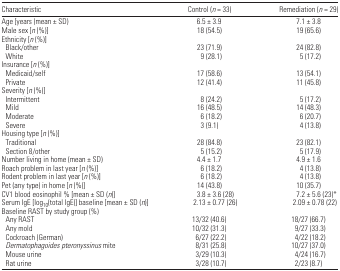
| Characteristic | Control (n = 33) | Remediation (n = 29) |
 | --- | --- | --- |
 | Age [years (mean ± SD) | 6.5 ± 3.9 | 7.1 ± 3.8 |
 | Male sex [n (%)] | 18 (54.5) | 19 (65.6) |
 | <COLSPAN=3> Ethnicity [n (%)] |
 | Black/other | 23 (71.9) | 24 (82.8) |
 | White | 9 (28.1) | 5 (17.2) |
 | <COLSPAN=3> Insurance [n (%)] |
 | Medicaid/self | 17 (58.6) | 13 (54.1) |
 | Private | 12 (41.4) | 11 (45.8) |
 | <COLSPAN=3> Severity [n (%)] |
 | Intermittent | 8 (24.2) | 5 (17.2) |
 | Mild | 16 (48.5) | 14 (48.3) |
 | Moderate | 6 (18.2) | 6 (20.7) |
 | Severe | 3 (9.1) | 4 (13.8) |
 | <COLSPAN=3> Housing type [n (%)] |
 | Traditional | 28 (84.8) | 23 (82.1) |
 | Section 8/other | 5 (15.2) | 5 (17.9) |
 | Number living in home (mean ± SD) | 4.4 ± 1.7 | 4.9 ± 1.6 |
 | Roach problem in last year [n (%)] | 6 (18.2) | 4 (13.8) |
 | Rodent problem in last year [n (%)] | 6 (18.2) | 4 (13.8) |
 | Pet (any type) in home [n (%)] | 14 (43.8) | 10 (35.7) |
 | CV1 blood eosinophil % [mean ± SD (n)] | 3.8 ± 3.6 (28) | 7.2 ± 5.6 (23)* |
 | Serum IgE [log10(total IgE)] baseline [mean ± SD (n)] | 2.13 ± 0.77 (26) | 2.09 ± 0.78 (22) |
 | <COLSPAN=3> Baseline RAST by study group (%) |
 | Any RAST | 13/32 (40.6) | 18/27 (66.7) |
 | Any mold | 10/32 (31.3) | 9/27 (33.3) |
 | Cockroach (German) | 6/27 (22.2) | 4/22 (18.2) |
 | Dermatophagoides pteronyssinus mite | 8/31 (25.8) | 10/27 (37.0) |
 | Mouse urine | 3/29 (10.3) | 4/24 (16.7) |
 | Rat urine | 3/28 (10.7) | 2/23 (8.7) |